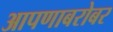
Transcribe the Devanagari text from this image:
आपणाबरोबर